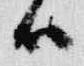
候